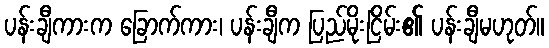
ပန်းချီကားက ခြောက်ကား၊ ပန်းချီက ပြည်မိုးငြိမ်း၏ ပန်းချီမဟုတ်။